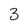
Character: 3